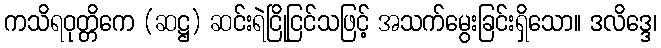
ကသိရဝုတ္တိကေ (ဆဋ္ဌ) ဆင်းရဲငြိုငြင်သဖြင့် အသက်မွေးခြင်းရှိသော။ ဒလိဒ္ဒေ၊